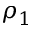
\rho _ { 1 }